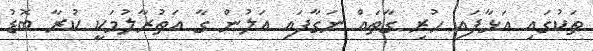
ތަކުގައި އަޅާފައި ހުރި ގާތައް ނަގާފައި އަލުން ގާ އަތުރާލުމަކީ ކުރާ ބޮޑު